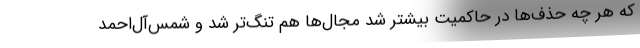
که هر چه حذف‌ها در حاکمیت بیشتر شد مجال‌ها هم تنگ‌تر شد و شمس‌آل‌احمد